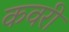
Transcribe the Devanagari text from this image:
कवरी